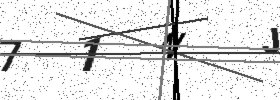
Text: 71NJ